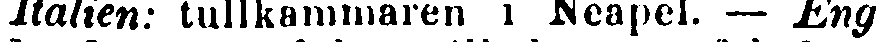
Italien: tullkammaren i Neapel. — Eng-